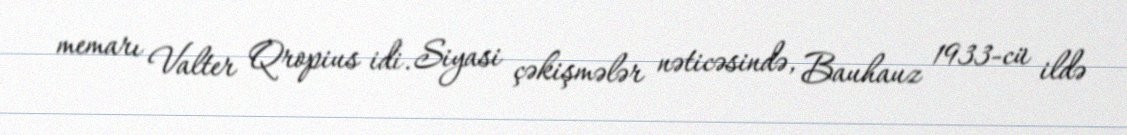
memarı Valter Qropius idi. Siyasi çəkişmələr nəticəsində, Bauhauz 1933-cü ildə